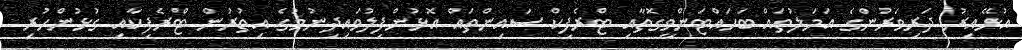
އުޅޭއިރު ދަރިވަރުންގެ އަމަލުތައް ބަހައްޓަންވީގޮތާއި ޓްރެފިކް ސައިންތައް އޮޅުންފިލުވައިދިނުމުގެ އިތުރުން ޓްރެފިކާއި ގުޅުންހުރި